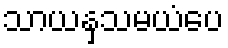
သာယနှသမယံပေ